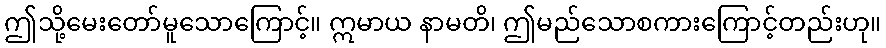
ဤသို့မေးတော်မူသောကြောင့်။ ဣမာယ နာမတိ၊ ဤမည်သောစကားကြောင့်တည်းဟု။